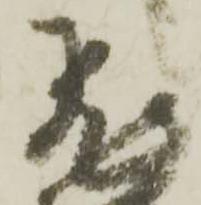
飛